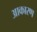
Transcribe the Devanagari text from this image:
आकारण